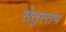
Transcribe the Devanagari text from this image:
सेतुस्तंभ